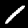
Digit: 1